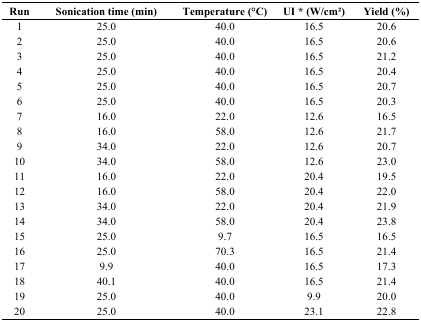
<table><thead><tr><td><b>Run</b></td><td><b>Sonication time (min)</b></td><td><b>Temperature (°C)</b></td><td><b>UI * (W/cm<sup>2</sup>)</b></td><td><b>Yield (%)</b></td></tr></thead><tbody><tr><td>1</td><td>25.0</td><td>40.0</td><td>16.5</td><td>20.6</td></tr><tr><td>2</td><td>25.0</td><td>40.0</td><td>16.5</td><td>20.6</td></tr><tr><td>3</td><td>25.0</td><td>40.0</td><td>16.5</td><td>21.2</td></tr><tr><td>4</td><td>25.0</td><td>40.0</td><td>16.5</td><td>20.4</td></tr><tr><td>5</td><td>25.0</td><td>40.0</td><td>16.5</td><td>20.7</td></tr><tr><td>6</td><td>25.0</td><td>40.0</td><td>16.5</td><td>20.3</td></tr><tr><td>7</td><td>16.0</td><td>22.0</td><td>12.6</td><td>16.5</td></tr><tr><td>8</td><td>16.0</td><td>58.0</td><td>12.6</td><td>21.7</td></tr><tr><td>9</td><td>34.0</td><td>22.0</td><td>12.6</td><td>20.7</td></tr><tr><td>10</td><td>34.0</td><td>58.0</td><td>12.6</td><td>23.0</td></tr><tr><td>11</td><td>16.0</td><td>22.0</td><td>20.4</td><td>19.5</td></tr><tr><td>12</td><td>16.0</td><td>58.0</td><td>20.4</td><td>22.0</td></tr><tr><td>13</td><td>34.0</td><td>22.0</td><td>20.4</td><td>21.9</td></tr><tr><td>14</td><td>34.0</td><td>58.0</td><td>20.4</td><td>23.8</td></tr><tr><td>15</td><td>25.0</td><td>9.7</td><td>16.5</td><td>16.5</td></tr><tr><td>16</td><td>25.0</td><td>70.3</td><td>16.5</td><td>21.4</td></tr><tr><td>17</td><td>9.9</td><td>40.0</td><td>16.5</td><td>17.3</td></tr><tr><td>18</td><td>40.1</td><td>40.0</td><td>16.5</td><td>21.4</td></tr><tr><td>19</td><td>25.0</td><td>40.0</td><td>9.9</td><td>20.0</td></tr><tr><td>20</td><td>25.0</td><td>40.0</td><td>23.1</td><td>22.8</td></tr></tbody></table>